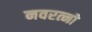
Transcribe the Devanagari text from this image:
नवरत्नो